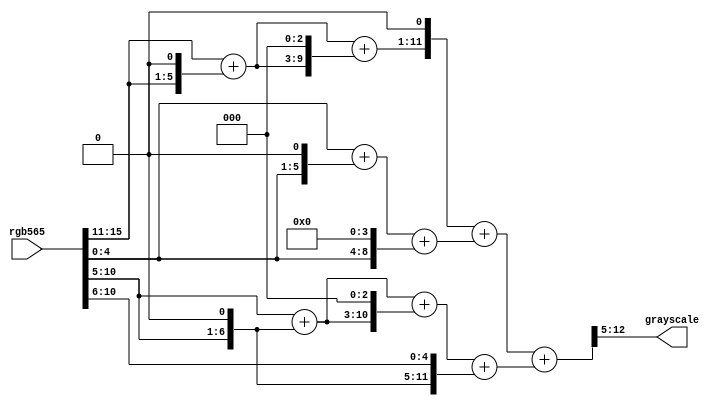
module rgb565Grayscale (
    input  wire [15:0] rgb565,
    output wire [ 7:0] grayscale
);

  wire [7:3] s_red = rgb565[15:11];
  wire [7:2] s_green = rgb565[10:5];
  wire [7:3] s_blue = rgb565[4:0];

  /* Here we determine red * 54 or red * 00110110b */
  wire [10:4] s_redx2 = {2'd0, s_red};
  wire [10:4] s_redx4 = {1'b0, s_red, 1'b0};
  wire [10:4] s_redSum = s_redx2 + s_redx4;
  wire [15:4] s_redSumLo = {5'd0, s_redSum};
  wire [15:4] s_redSumHi = {2'd0, s_redSum, 3'd0};
  wire [15:4] s_redResult = s_redSumLo + s_redSumHi;

  /* Here we determine blue*19 or blue * 00010011b */
  wire [9:3] s_bluex1 = {2'd0, s_blue};
  wire [9:3] s_bluex2 = {1'b0, s_blue, 1'b0};
  wire [9:3] s_blueSum = s_bluex1 + s_bluex2;
  wire [15:3] s_blueLo = {7'd0, s_blueSum};
  wire [15:3] s_blueHi = {3'd0, s_blue, 4'd0};
  wire [15:3] s_blueResult = s_blueLo + s_blueHi;

  /* Here we determine green*183 or green * 10110111 */
  wire [9:2] s_greenx1 = {2'd0, s_green};
  wire [9:2] s_greenx2 = {1'b0, s_green, 1'b0};
  wire [9:2] s_greenSum = s_greenx1 + s_greenx2;
  wire [15:3] s_greenLo = {5'd0, s_greenSum};
  wire [15:3] s_greenHi = {2'd0, s_greenSum, 3'd0};
  wire [15:3] s_greenSum1 = s_greenLo + s_greenHi;
  wire [15:3] s_greenx129 = {
    1'b0, s_green, 1'b0, s_green[7:3]
  };  /* s_green x 10000001b  LSB does not matter anyways */
  wire [15:3] s_greenResult = s_greenSum1 + s_greenx129;

  /* finally we make the grayscale */
  wire [15:3] s_rbSum = {s_redResult, 1'b0} + s_blueResult;
  wire [15:3] s_rgbSum = s_rbSum + s_greenResult;

  assign grayscale = s_rgbSum[15:8];
endmodule